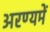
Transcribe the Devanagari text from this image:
अरण्यमें